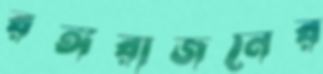
রঙ্গরাজনের